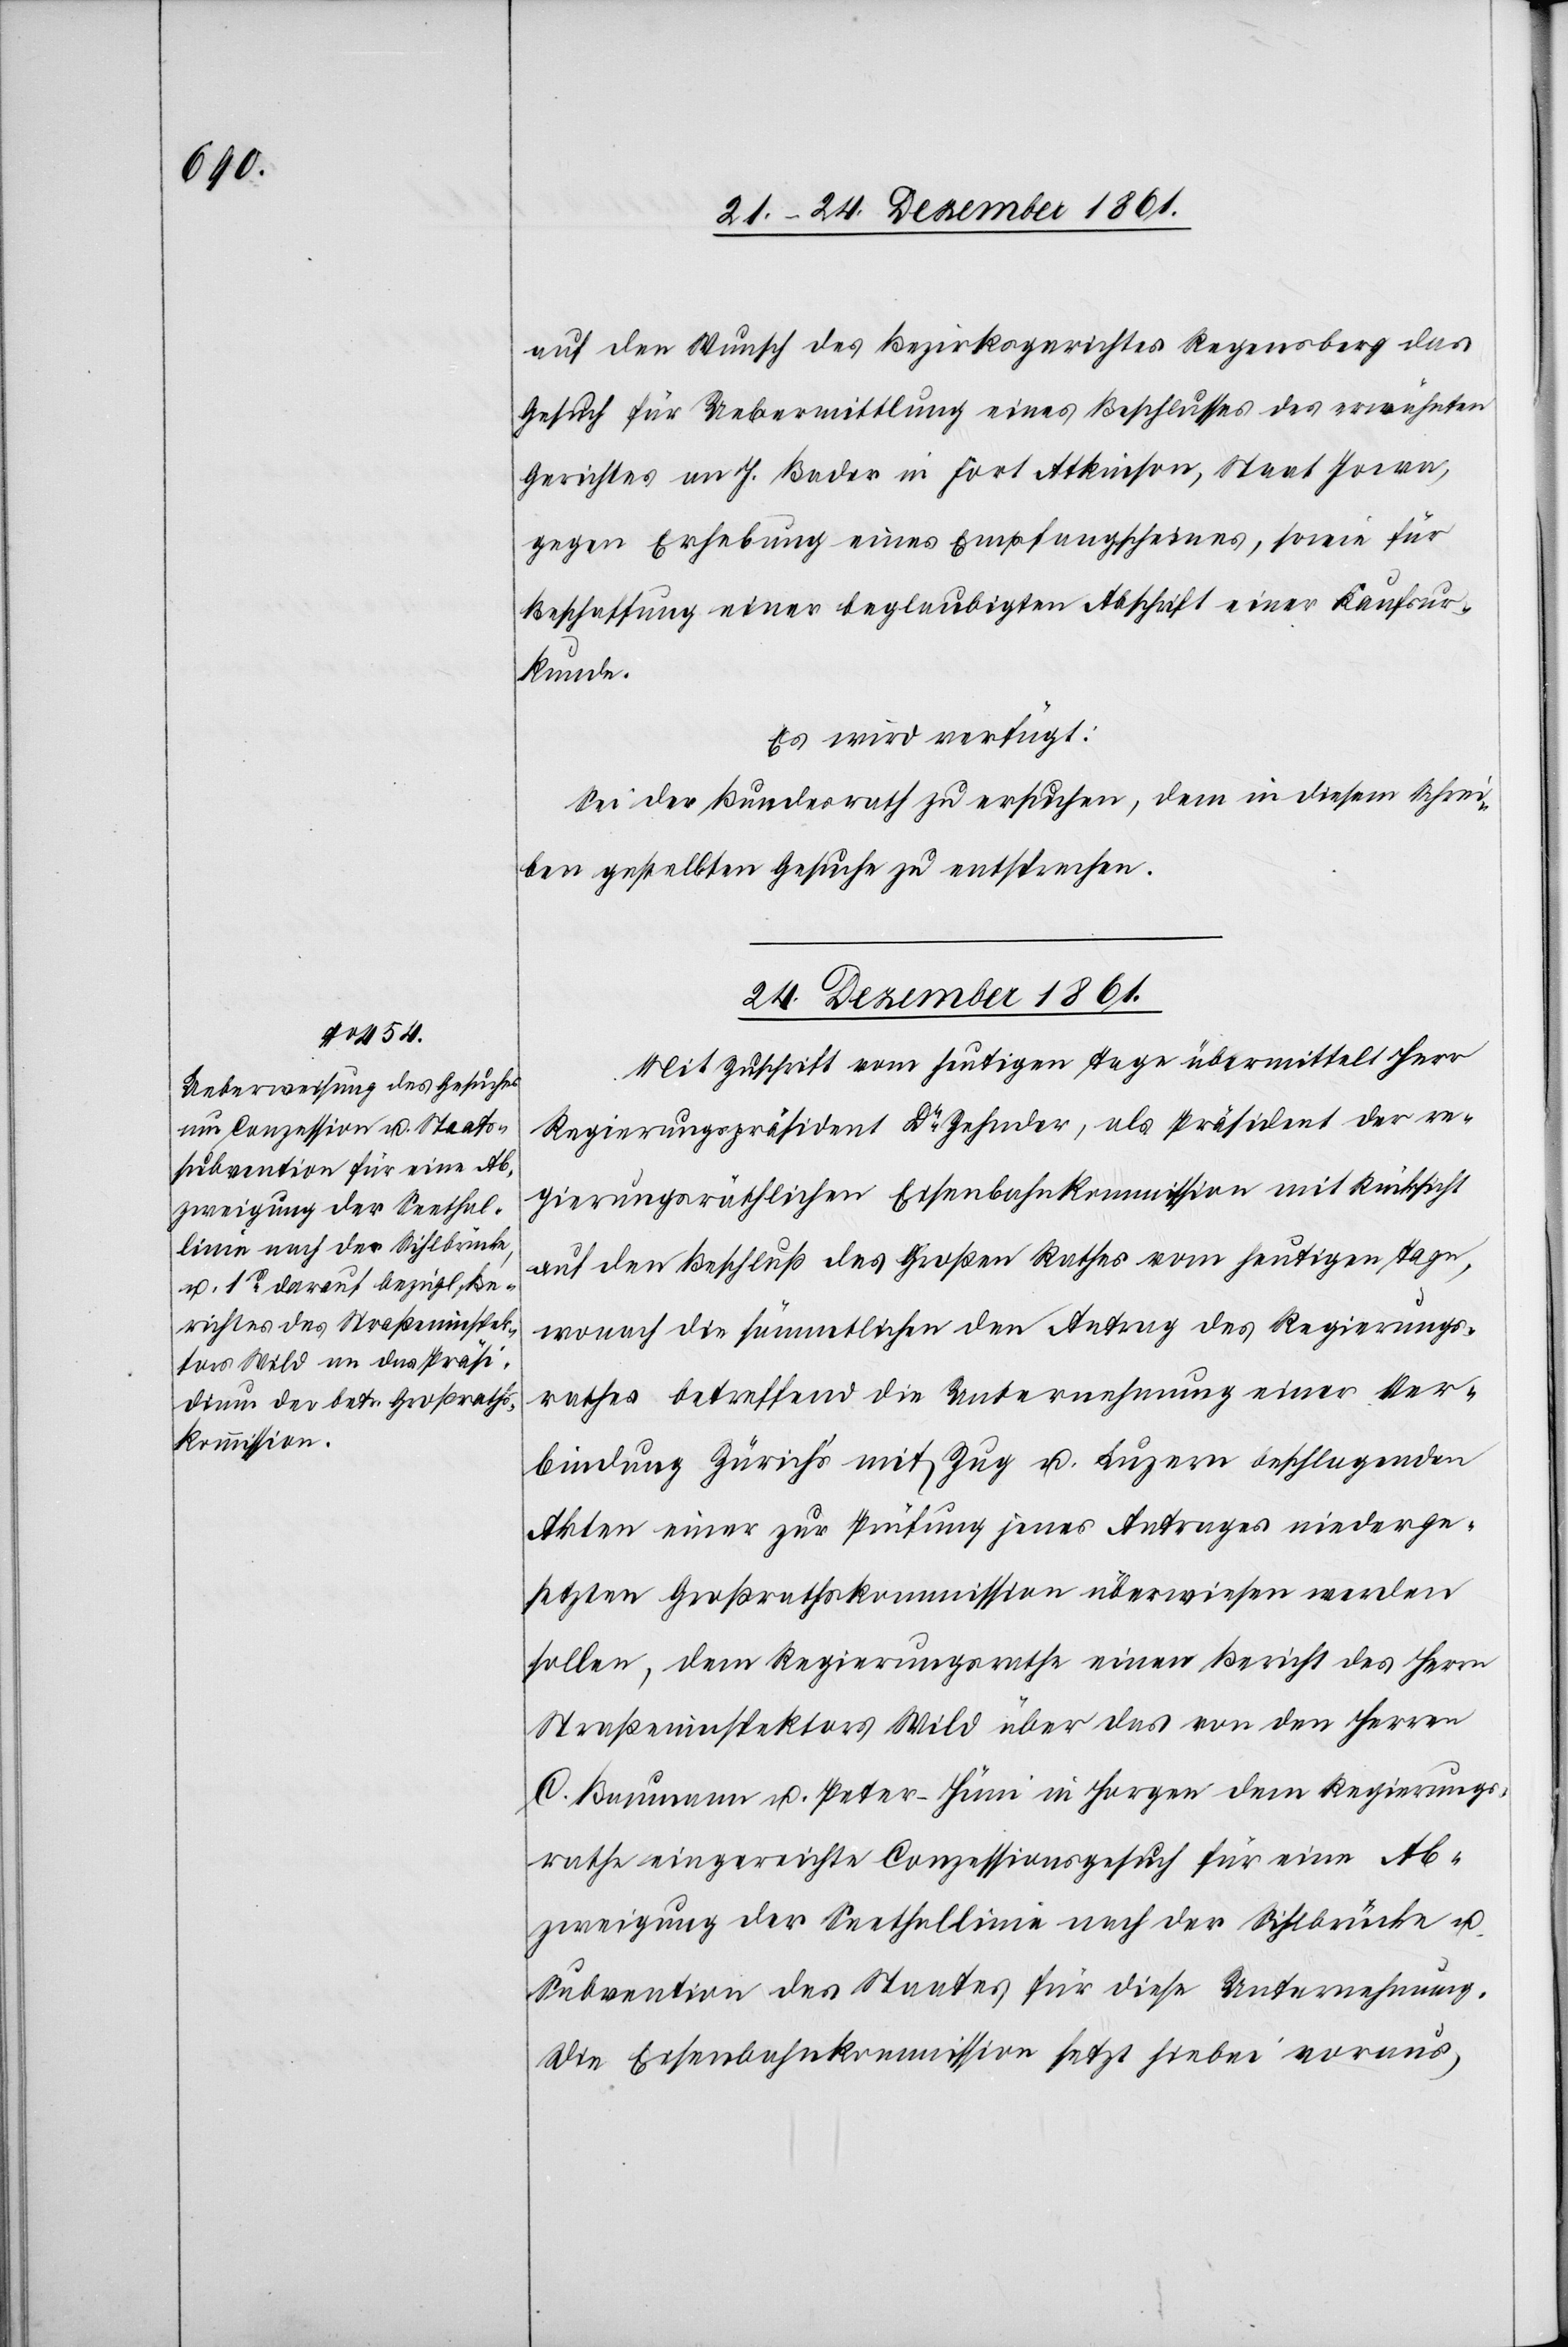
auf den Wunsch des Bezirksgerichtes Regensberg das
Gesuch für Uebermittlung eines Beschlusses des erwähnten
Gerichtes an J. Bader in Fort Atkinson, Staat Iowa,
gegen Erhebung eines Empfangsscheines, sowie für
Beschaffung einer beglaubigten Abschrift einer Kaufsur¬
kunde.
Es wird verfügt:
Sei der Bundesrath zu ersuchen, dem in diesem Schrei¬
ben gestellten Gesuche zu entsprechen.
24. December 1861.
Mit Zuschrift vom heutigen Tage übermittelt Herr
Regierungspräsident Dr Zehnder, als Präsident der re¬
gierungsräthlichen Eisenbahnkommission mit Rücksicht
auf den Beschluß des Großen Rathes vom heutigen Tage,
wonach die sämmtlichen den Antrag des Regierungs¬
rathes betreffend die Unternehmung einer Ver¬
bindung Zürich’s mit Zug u. Luzern beschlagenden
Akten einer zur Prüfung jenes Antrages niederge¬
setzten Großrathskommission überwiesen werden
sollen, dem Regierungsrathe einen Bericht des Herrn
Straßeninspektors Wild über das von dem Herrn
C. Baumann u. Peter-Hüni in Horgen dem Regierungs¬
rathe eingereichte Conzessionsgesuch für eine Ab¬
zweigung der Seethallinie nach der Sihlbrücke u.
Subvention des Staates für diese Unternehmung.
Die Eisenbahnkommission setzt hiebei voraus,